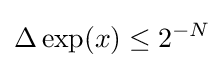
\Delta \exp(x)\leq 2^{-N}